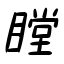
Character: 瞠